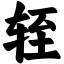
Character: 轾